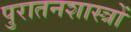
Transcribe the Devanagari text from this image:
पुरातनशास्त्रों